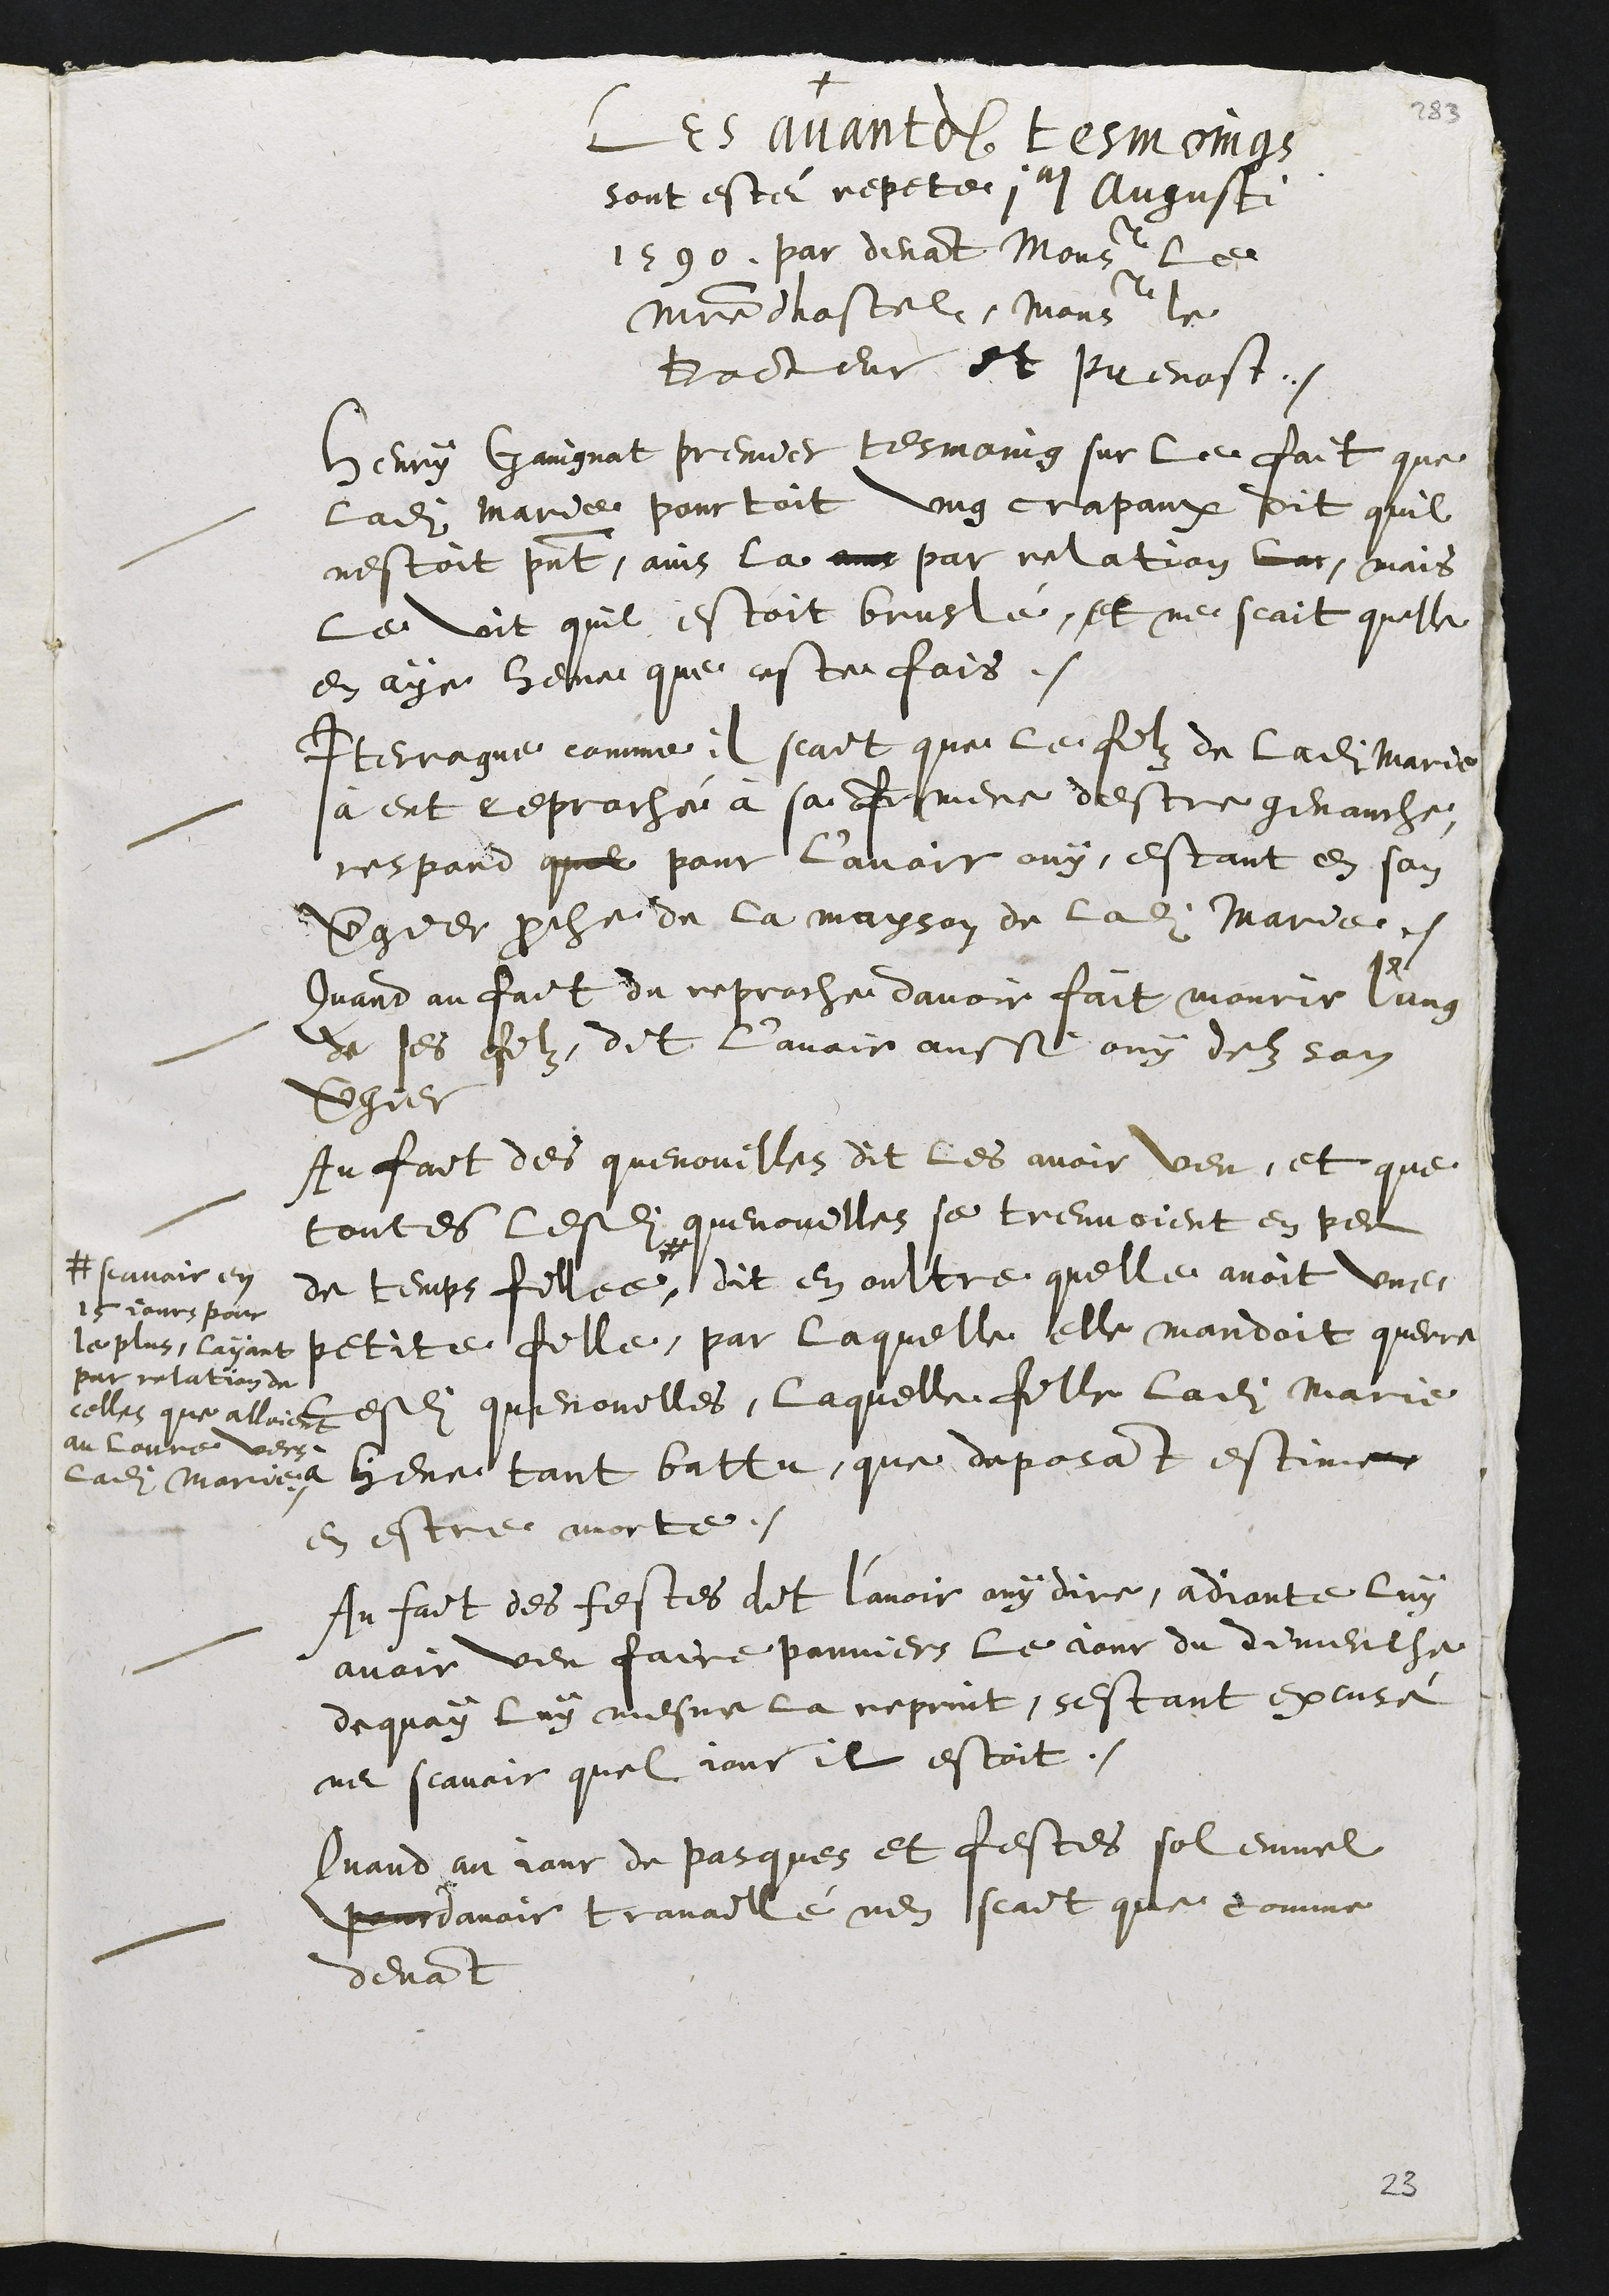
+
Les avandits tesmoings
sont este repete 1um Augusti
1590. par devant monsieur le
maistre dhostel, monsieur le
Docteur et prevost.
Henry Gaingnat premier tesmoing sur le fait que
Ladite Marie pourtoit ung crapaux dit quil
nestoit présent, ains la a?? par relation lar, mais
le vit quil estoit bruslé, et ne scait quelle
en aye heue que ceste fois.
Interrogue comme il scait que le filz de ladite Marie
à eut reproché à sa fe mere destre genauche,
respond que pour l’avoir ouy, estant en son
vergier proche de la mayson de la ladite Marie.
Quand au fait du reproche davoir fait mourir l’ung
De ses filz, dit l’avoir aussi ouy danz san
vergier
Au fait des quenouilles dit les avoir veu, et que
toutes lesd[ites] quenouilles se treuvoient en peu
de temps filee,#
#scavoir en
15iours pour
le plus, layant
par relation de
celles que alloient
au louvre vers
ladite Marie
dit en oultre quelle avoit une
petite fille, par laquelle elle mandoit querre
lesdites quenouilles, laquelle fille ladite Marie
à heue tant battu, que deposant estime
en estre morte.
Au fait des festes dit l’avoir ouy dire, adioute luy
avoir veu faire panniers le iour du dimenche
dequoy luy mesme la reprint, sestant excusé
ne scavoir quel iour il estoit.
Quand au iour de pasques et festes solennel
pour d’avoir travaillé nen scait que comme
devant